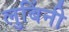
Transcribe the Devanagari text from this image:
लुबिंनी